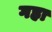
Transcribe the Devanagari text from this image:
गहा